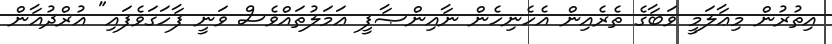
އިތުރުން މިޢާލަމީ ވަބާގެ ތެރެއިން އެހެނިހެން ނާއިންޞާފީ ޢަމަލުތައްވެސް ވަނީ ފާހަގަވެފައި" އުރްދުޣާން